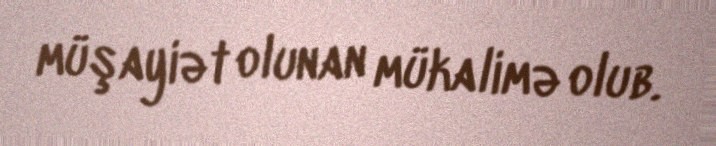
müşayiət olunan mükalimə olub.